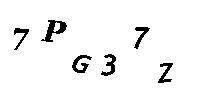
7PG37Z